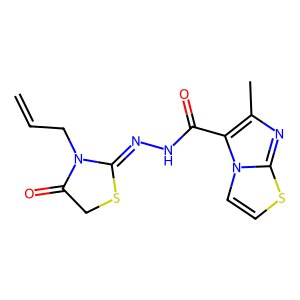
SMILES: C=CCN1C(=O)CSC1=NNC(=O)c1c(C)nc2sccn12
Inhibits HIV replication: No